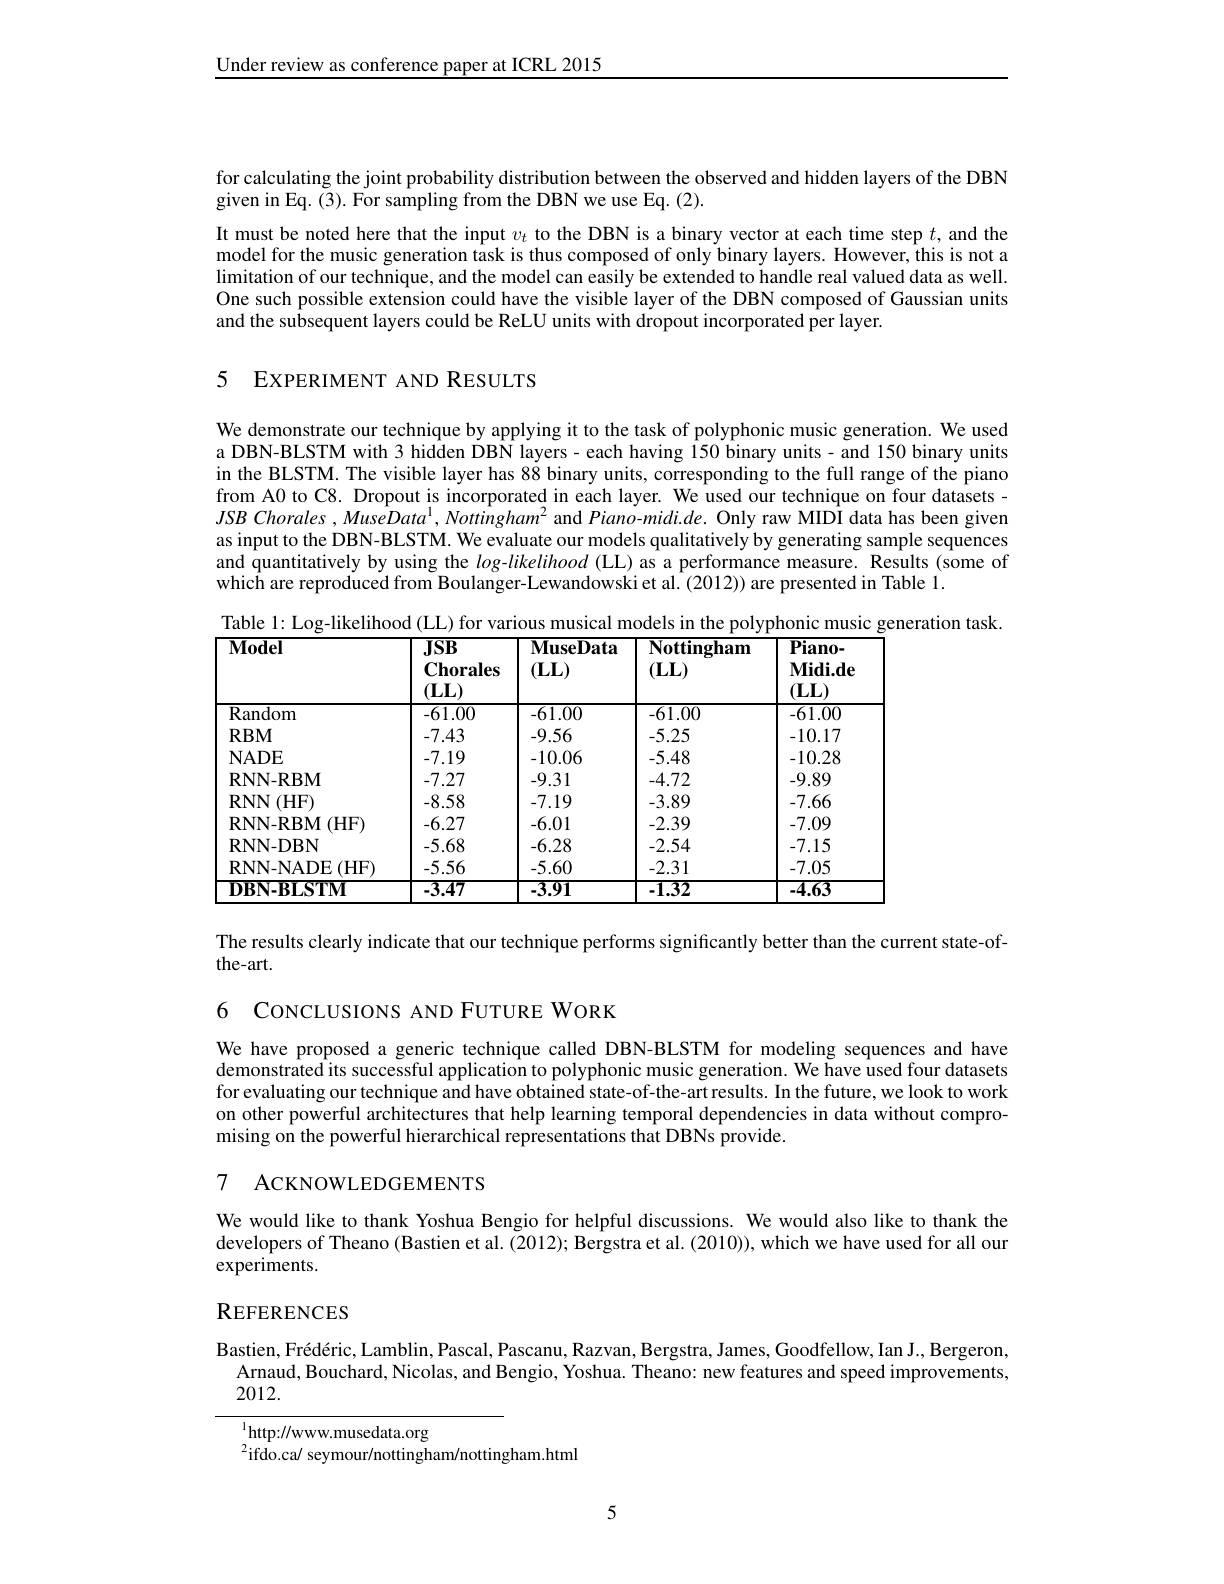
Under review as conference paper at ICRL 2015

for calculating the joint probability distribution between the observed and hidden layers of the DBN
given in Eq.(3). For sampling from the DBN we use Eq.(2).

It must be noted here that the input $v_t$ to the DBN is a binary vector at each time step $t$, and the model for the music generation task is thus composed of only binary layers. However, this is not a limitation of our technique, and the model can easily be extended to handle real valued data as well. One such possible extension could have the visible layer of the DBN composed of Gaussian units and the subsequent layers could be ReLU units with dropout incorporated per layer.

5 EXPERIMENT AND RESULTS

We demonstrate our technique by applying it to the task of polyphonic music generation. We used a DBN-BLSTM with 3 hidden DBN layers - each having 150 binary units - and 150 binary units in the BLSTM. The visible layer has $8\dot{8}$ binary units, corresponding to the full range of the piano from A0 to C8. Dropout is incorporated in each layer. We used our technique on four datasets - $JSB$ Chorales , MuseData$^1,\textit{Nottingham}^2$ and Piano-midi.de. Only raw MIDI data has been given as input to the DBN-BLSTM. We evaluate our models qualitatively by generating sample sequences and quantitatively by using the $log-likelihood$ (LL) as a performance measure. Results (some of which are reproduced from Boulanger-Lewandowskiet al.(2012)) are presented in Table 1.

Table 1: Log-likelihood (LL) for various musical models in the polyphonic music generation task.
<table>
	<tbody>
		<tr>
			<th>$\overline{{\mathrm{Model}}}$</th>
			<th>$\overline{\mathbf{JSB}}$ $\mathbf{Chorales}$ $(\mathbf{LL})$</th>
			<th>$\mathbf{MuseData}$ $(\mathbf{LL})$</th>
			<th>Nottingham $(\mathbf{LL})$</th>
			<th>$\overline{\textbf{Piano-}}$ $\mathbf{Midi.de}$ $(\mathbf{LL})$</th>
		</tr>
		<tr>
			<td>Random</td>
			<td>-61.00</td>
			<td>-61.00</td>
			<td>-61.00</td>
			<td>-61.00</td>
		</tr>
		<tr>
			<td>$RBM$</td>
			<td>-7.43</td>
			<td>-9.56</td>
			<td>-5.25</td>
			<td>-10.17</td>
		</tr>
		<tr>
			<td>NADE</td>
			<td>-7.19</td>
			<td>-10.06</td>
			<td>-5.48</td>
			<td>-10.28</td>
		</tr>
		<tr>
			<td>RNN-RBM</td>
			<td>-7.27</td>
			<td>-9.31</td>
			<td>-4.72</td>
			<td>-9.89</td>
		</tr>
		<tr>
			<td>$RNN$ (HF)</td>
			<td>-8.58</td>
			<td>-7.19</td>
			<td>-3.89</td>
			<td>-7.66</td>
		</tr>
		<tr>
			<td>RNN-RBM (HF)</td>
			<td>-6.27</td>
			<td>-6.01</td>
			<td>-2.39</td>
			<td>-7.09</td>
		</tr>
		<tr>
			<td>RNN-DBN</td>
			<td>-5.68</td>
			<td>-6.28</td>
			<td>-2.54</td>
			<td>-7.15</td>
		</tr>
		<tr>
			<td>RNN-NADE (HF)</td>
			<td>-5.56</td>
			<td>-5.60</td>
			<td>-2.31</td>
			<td>-7.05</td>
		</tr>
		<tr>
			<td>DBN-BLSTM</td>
			<td>$-\overline{3.47}$</td>
			<td>$-\overline{3.91}$</td>
			<td>-1.32</td>
			<td>-4.63</td>
		</tr>
	</tbody>
</table>

The results clearly indicate that our technique performs significantly better than the current state-of-
the-art.

6 CONCLUSIONS AND FUTURE WORK

We have proposed a generic technique called DBN-BLSTM for modeling sequences and have demonstrated its successful application to polyphonic music generation. We have used four datasets for evaluating our technique and have obtained state-of-the-art results. In the future, we look to work on other powerful architectures that help learning temporal dependencies in data without compromising on the powerful hierarchical representations that DBNs provide.

## 7 ACKNOWLEDGEMENTS

We would like to thank Yoshua Bengio for helpful discussions. We would also like to thank the developers of Theano (Bastien et al. (2012); Bergstra et al. (2010)), which we have used for all our experiments.

## REFERENCES

Bastien, Frédéric, Lamblin, Pascal, Pascanu, Razvan, Bergstra, James, Goodfellow, Ian J., Bergeron,
Arnaud, Bouchard, Nicolas, and Bengio, Yoshua. Theano: new features and speed improvements,
2012.

${\overline{{^{1}}}_{2:CJ}://\mathrm{www.musedata.org}}$
$^{2}$ifdo.ca/ seymour/nottingham/nottingham.html

5